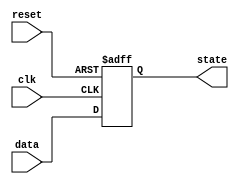
module async_reset_block (
    input wire reset,      // Asynchronous reset signal
    input wire clk,        // Clock signal
    input wire [7:0] data, // Example input data for state update
    output reg [7:0] state // Output state
);

// Define the reset value
parameter RESET_VALUE = 8'h00; // Define the reset value (example: 0x00)

always @(posedge clk or posedge reset) begin
    if (reset) begin
        // Asynchronous reset action
        state <= RESET_VALUE; // Set state to reset value
    end else begin
        // Normal operation on clock edge
        state <= data; // Update state based on input data
    end
end

endmodule